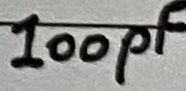
Text: 100pF